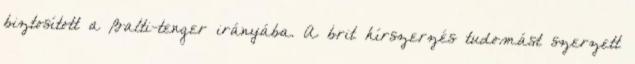
biztosított a Balti-tenger irányába. A brit hírszerzés tudomást szerzett